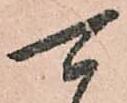
可